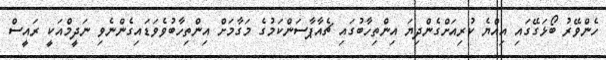
ހެންްވޭރު ބޯޅަގޭގައި އިއްޔެ ކުރިއަށްގެންދިޔަ އިންތިހާބުގައި ޗެއާޕާސަންކަމުގެ މަގާމަށް އިންތިހާބުވެވަޑައިގެންނެވި ނަދީމްއަކީ ރައީސް